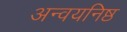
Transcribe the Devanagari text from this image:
अन्वयनिष्ठ